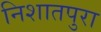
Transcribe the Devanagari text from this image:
निशातपुरा